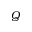
Q